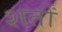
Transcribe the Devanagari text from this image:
शर्तां